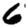
Digit: 6